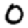
Digit: 0